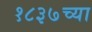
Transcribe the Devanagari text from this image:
१८३७च्या